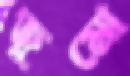
জুমো